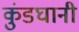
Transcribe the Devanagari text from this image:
कुंडघानी